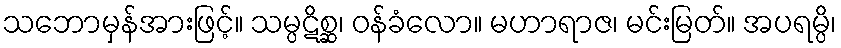
သဘောမှန်အားဖြင့်။ သမ္ပဋိစ္ဆ၊ ဝန်ခံလော။ မဟာရာဇ၊ မင်းမြတ်။ အပရမ္ပိ၊